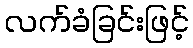
လက်ခံခြင်းဖြင့်